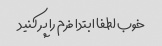
خوب لطفا ابتدا فرم را پر کنید